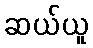
ဆယ်ယူ